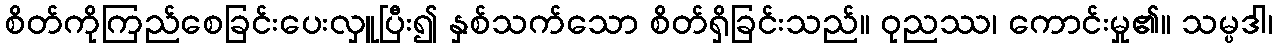
စိတ်ကိုကြည်စေခြင်းပေးလှူပြီး၍ နှစ်သက်သော စိတ်ရှိခြင်းသည်။ ဝုညဿ၊ ကောင်းမှု၏။ သမ္ပဒါ၊